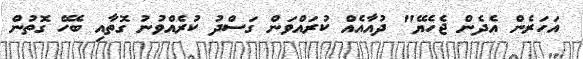
އަހަރެން އެދެން ޖެހެޔޭ" ދުއާއެއް ކުރައްވަން ގަސްދު ކުރެއްވުނު ގޮތާއި ބެހޭ ގޮތުން